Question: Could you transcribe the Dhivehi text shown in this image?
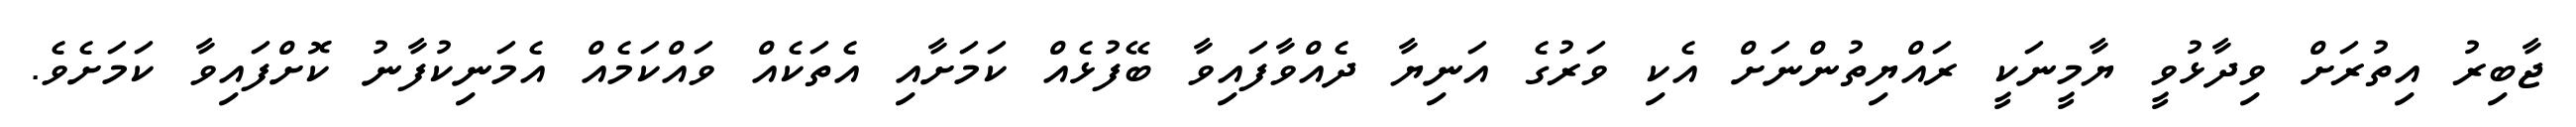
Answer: ޖާބިރު އިތުރަށް ވިދާޅުވީ ޔާމީނަކީ ރައްޔިތުންނަށް އެކި ވަރުގެ އަނިޔާ ދެއްވާފައިވާ ބޭފުޅެއް ކަމަށާއި އެތަކެއް ވައްކަމެއް އެމަނިކުފާނު ކޮށްފައިވާ ކަމަށެވެ.